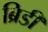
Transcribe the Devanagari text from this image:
ब्रिडी